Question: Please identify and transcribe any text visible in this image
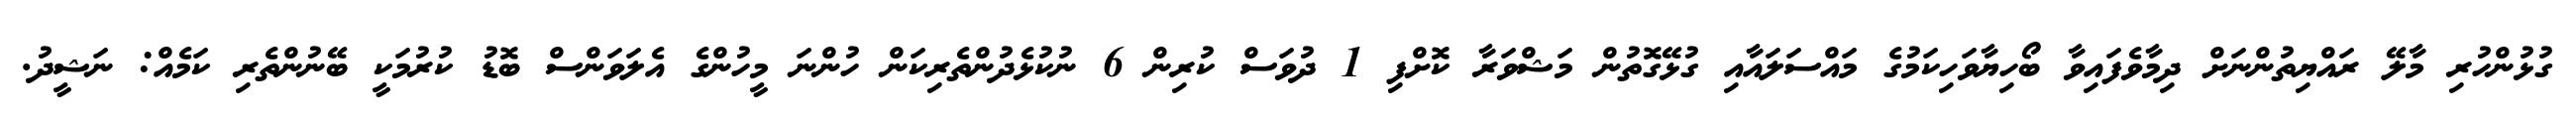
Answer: ގުޅުންހުރި މާލޭ ރައްޔިތުންނަށް ދިމާވެފައިވާ ބޯހިޔާވަހިކަމުގެ މައްސަލައާއި ގުޅޭގޮތުން މަޝްވަރާ ކޮށްފި 1 ދުވަސް ކުރިން 6 ނުކުޅެދުންތެރިކަން ހުންނަ މީހުންގެ އެލަވަންސް ބޮޑު ކުރުމަކީ ބޭނުންތެރި ކަމެއް: ނަޝީދު.